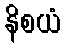
နိစယံ